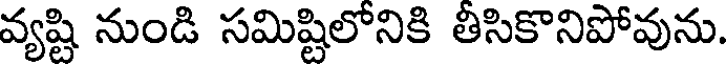
వ్యష్టి నుండి సమిష్టిలోనికి తీసికొనిపోవును.